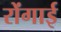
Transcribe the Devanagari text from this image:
रोंगाई